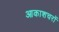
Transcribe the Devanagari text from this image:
आकाशचरों